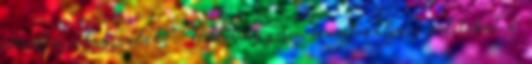
mondta volna valaki: Hitler ügyesen tematizálja a politikát a